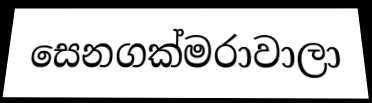
සෙනගක්මරාවාලා